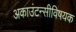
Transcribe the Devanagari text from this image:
अकाउंटन्सीविषयक